Leaving Certificate Examination (including Day School Certificate (Higher) General paper), 1937
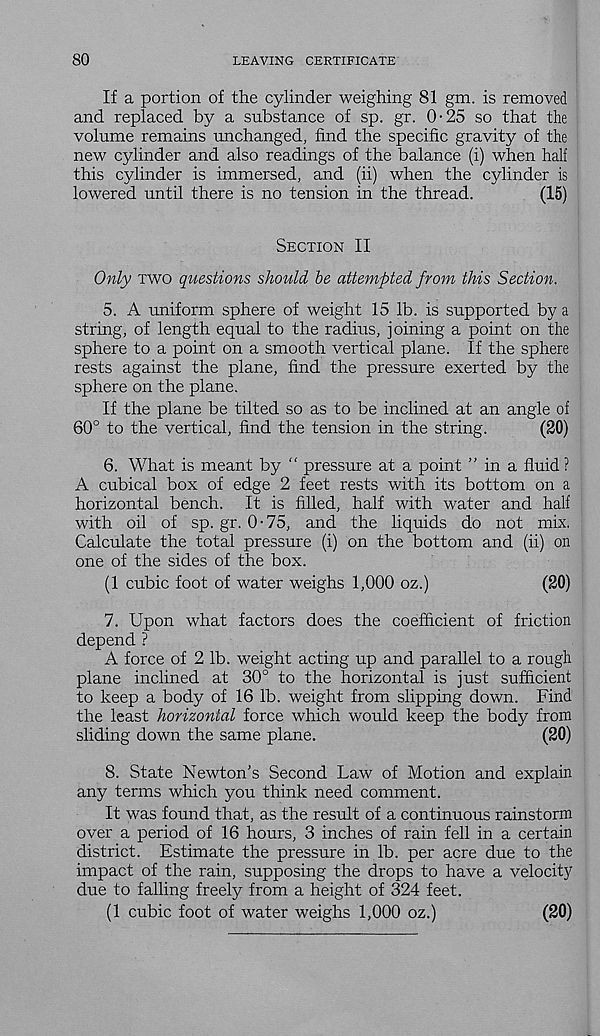
80
LEAVING CERTIFICATE
If a portion of the cylinder weighing 81 gm. is removed
and replaced by a substance of sp. gr. 0-25 so that the
volume remains unchanged, find the specific gravity of the
new cylinder and also readings of the balance (i) when half
this cylinder is immersed, and (ii) when the cylinder is
lowered until there is no tension in the thread.
(15)
Section II
Only two questions should be attempted from this Section.
5. A uniform sphere of weight 15 lb. is supported by a
string, of length equal to the radius, joining a point on the
sphere to a point on a smooth vertical plane. If the sphere
rests against the plane, find the pressure exerted by the
sphere on the plane.
If the plane be tilted so as to be inclined at an angle of
60° to the vertical, find the tension in the string.
(20)
6. What is meant by “ pressure at a point ” in a fluid ?
A cubical box of edge 2 feet rests with its bottom on a
horizontal bench. It is filled, half with water and half
with oil of sp.gr. 0-75, and the liquids do not mix.
Calculate the total pressure (i) on the bottom and (ii) on
one of the sides of the box.
(1 cubic foot of water weighs 1,000 oz.)
(20)
7. Upon what factors does the coefficient of friction
depend ?
A force of 2 lb. weight acting up and parallel to a rough
plane inclined at 30° to the horizontal is just sufficient
to keep a body of 16 lb. weight from slipping down. Find
the least horizontal force which would keep the body from
sliding down the same plane.
(20)
8. State Newton’s Second Law of Motion and explain
any terms which you think need comment.
It was found that, as the result of a continuous rainstorm
over a period of 16 hours, 3 inches of rain fell in a certain
district. Estimate the pressure in lb. per acre due to the
impact of the rain, supposing the drops to have a velocity
due to falling freely from a height of 324 feet.
(1 cubic foot of water weighs 1,000 oz.)
(20)